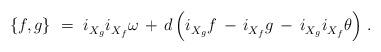
LaTeX: \begin{align*} \{f,g\}~=~i_{X_g}^{} i_{X_f}^{} \omega \, + \, d \, \Bigl( i_{X_g}^{} f \, - \, i_{X_f}^{} g \, - \, i_{X_g}^{} i_{X_f}^{} \theta \Bigr)~.\end{align*}